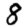
Digit: 8